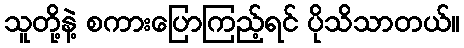
သူတို့နဲ့ စကားပြောကြည့်ရင် ပိုသိသာတယ်။